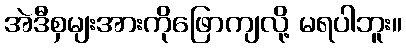
အဲဒီစှမျးအားကိုဖြောကျလို့ မရပါဘူး။